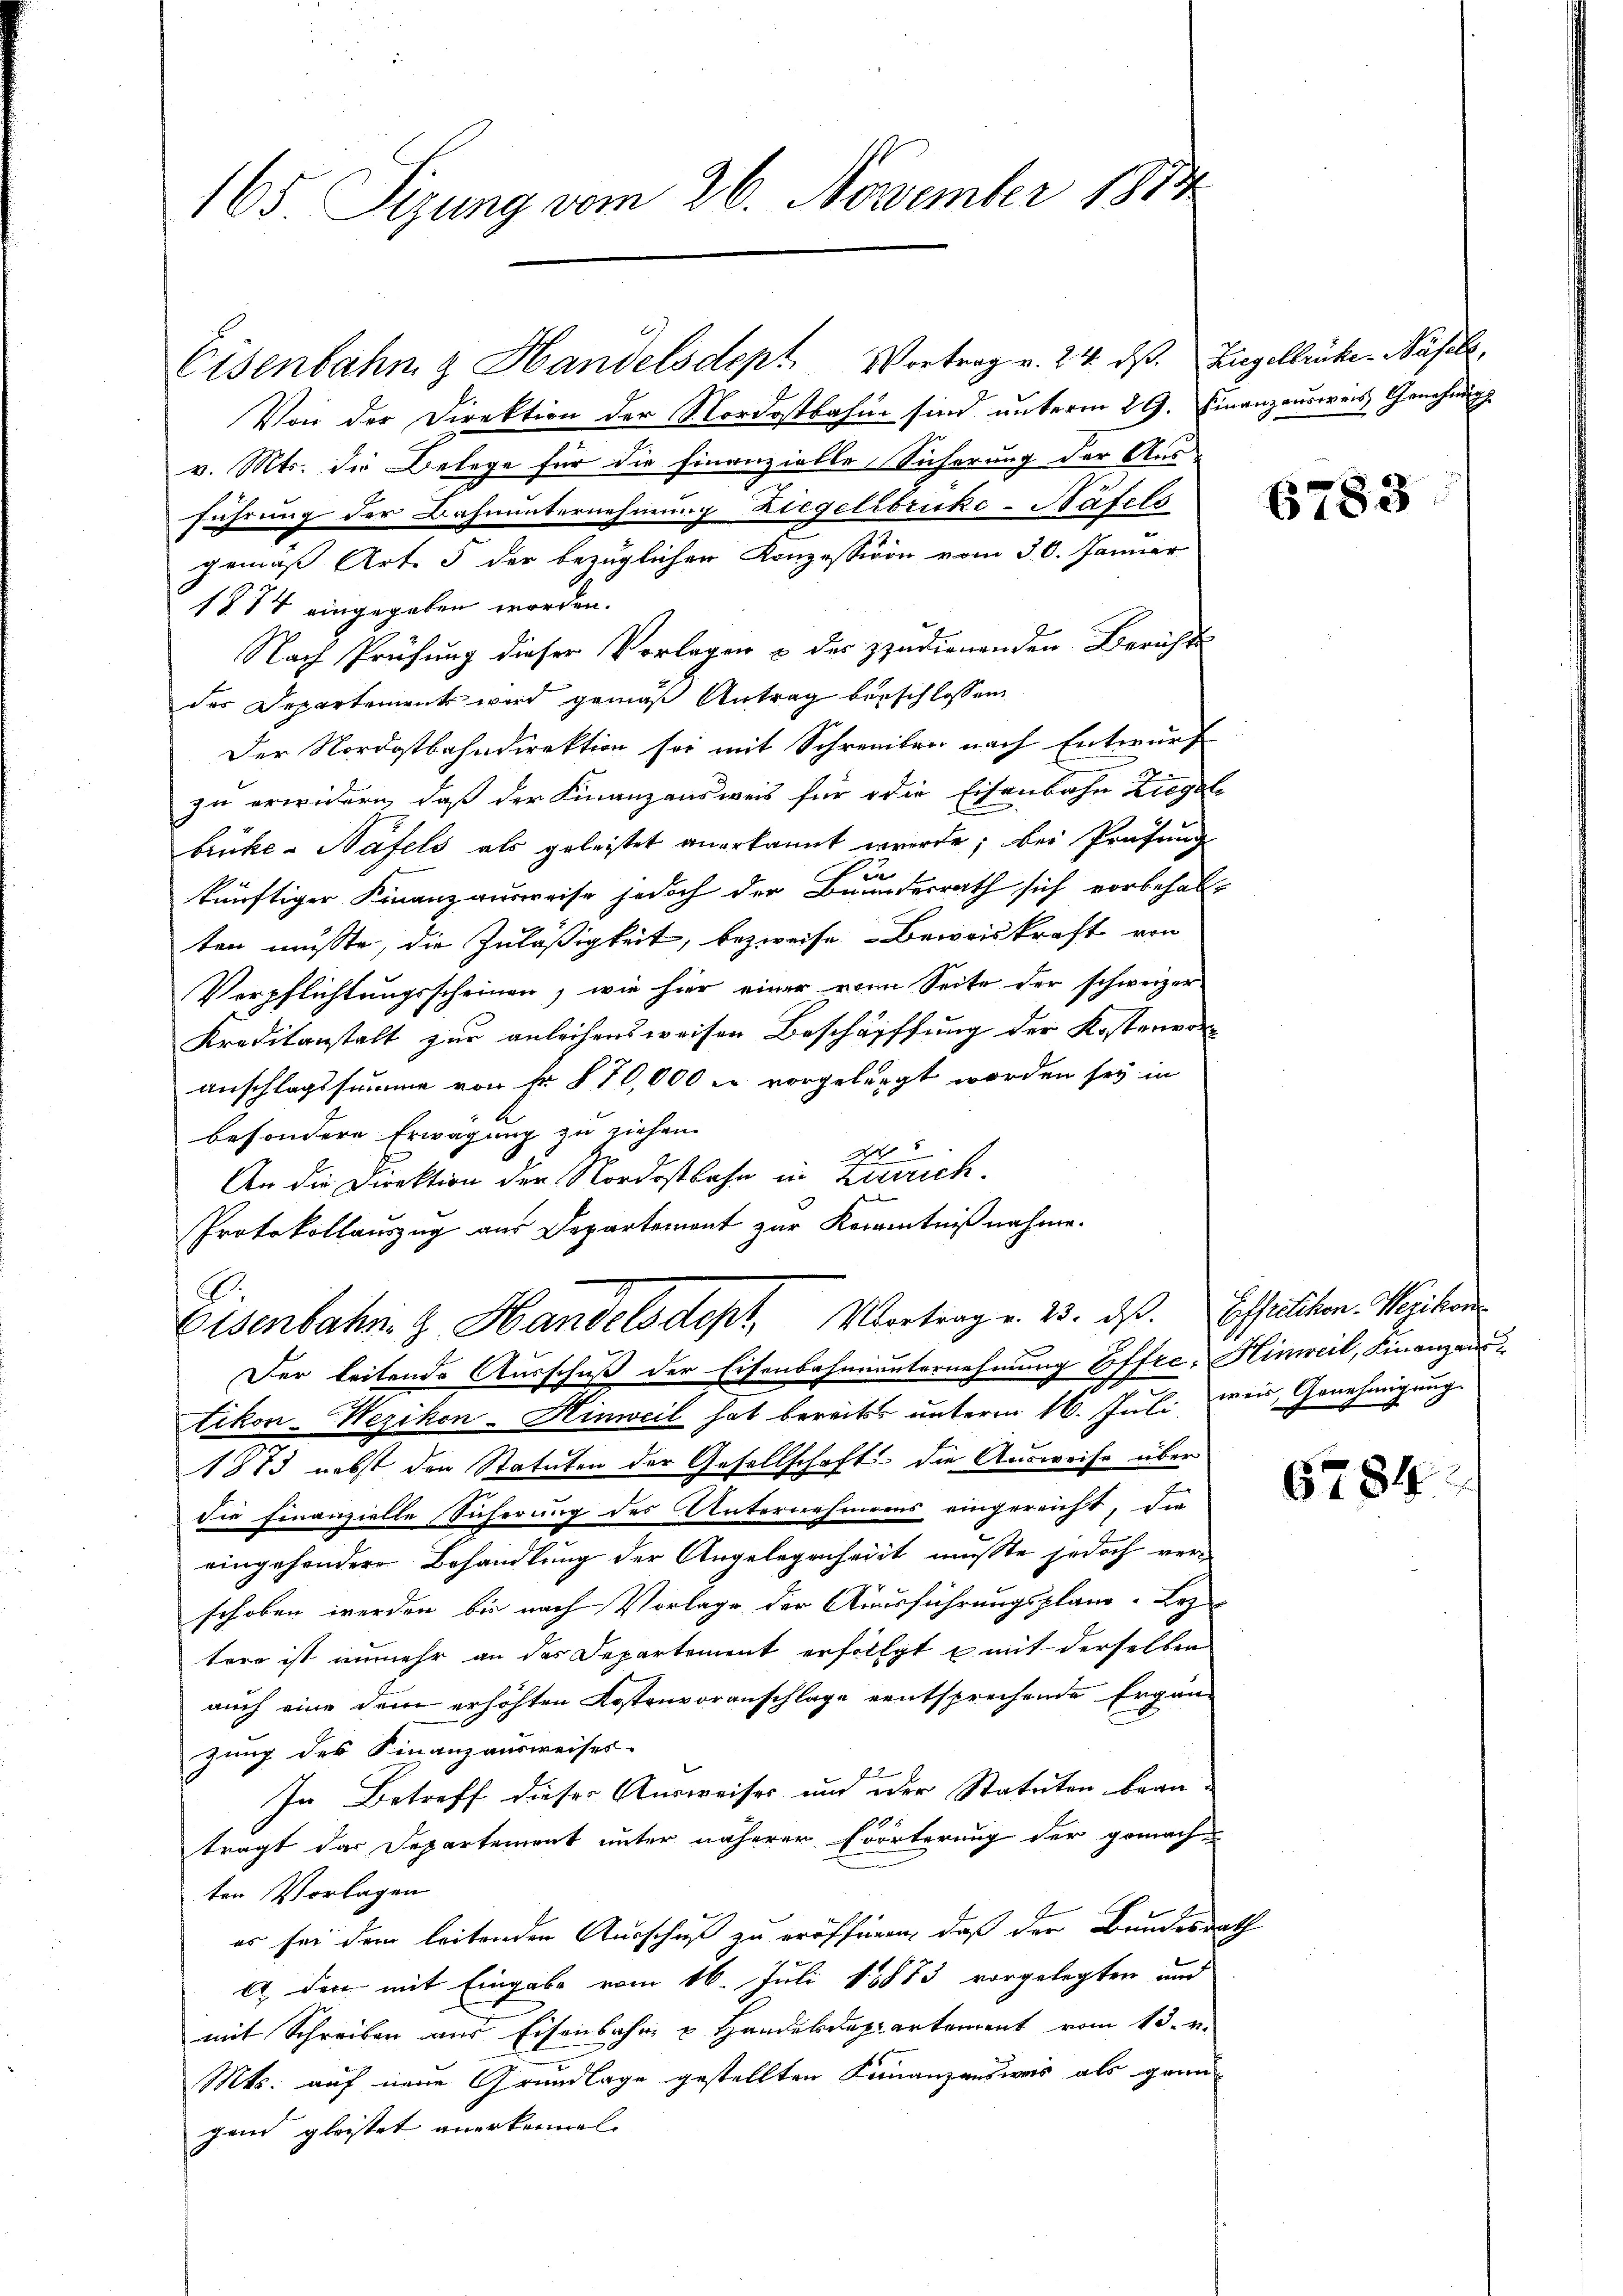
165. Sizung vom 26. November 1834.

Eisenbahn & Handelsdept Vortrag v. 24. dß. Ziegelbrücken Näfels,
Von der Direktion der Nordostbahne sind unterm 29. Finanzausweis Genehmig
v. Mts. die Belege für die Finanzielle Sicherung der Ausführung der Bahnunternehmung Ziegelsbruke-Näfels
gemäß Art. 5 der bezüglichen Konzessiven vom 30. Januar
1874 eingegeben worden.
Nach Prüfung dieser Vorlagen & der zudienenden Berichts
des Departement wird gemäß Antrag beschlossen
Der Nordostbahndirektion sei mit Schreiber nach Entwurf
zu erwidern, daß der Finanzausweis für die Eisenbahn Liegel
brüke-Näfels als geleistet anerkannt werde; bei Prüfung
ku
künftiger Finanzausweise jedoch der Bundesrath sich vorbehalt
ten müsste, die Zuläßigkeit, bezweife Beweiskraft von
Verpflichtungsscheinen, wie hier einer von Seite der schweizer
Kreditanstalt zur anleihensweisen Beschäfffung der Kostenvor
anschlagssumme von fr. § 70,000 er vorgelegt worden sey in
besondere Erwägung zu ziehen.
N
An die Direktion der Nordostbahn in Zürich.
Protokollauszug aus Departement zur Karanntnißnahme.
Eisenbahn z. Handelsdept, Vortrag v. 23. ds. Essilikon. Wezikon
Der leitende Ausschuß der Eisenbahnunternehmung Effre- Hinweil, Finanzaustikon-Wezikon-Hinweil hat bereits unterm 16. Juli wir, Genehmigung
1873 nebst den Statuten der Gesellschaft. Die Ausweise über
die Finanzielle Sicherung des Unternehmens eingereicht, die
eingesondere Behandlung der Angelegenheit musste jedoch verschoben werden, bis nach Vorlage der Ausführungsplane- Lez
tere ist unmehr an des Departement erfolgt u. mit derselben
auch eine dem erhöhten Kostenvoranschlage entsprechende Ergänzung des Finanzausweises
In Betreff dieser Ausweises und oder Statuten bean-
trägt das Departement unter näherer Föörterung der gemachten Vorlagen
er sei dem leitenden Ausschuß zu eröffnern, daß der Bundesrath
 den mit Eingabe vom 16. Juli 18873 vorgelegten und
mit Schreiben aus Eisenbahn u Handesdepartement vom 13. v.
Mts. auf neue Grundlage gestellten Finanzausweis als grün
gand gleistet anerkennen.

6783

6784